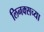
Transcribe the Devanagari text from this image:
लिनक्सच्या